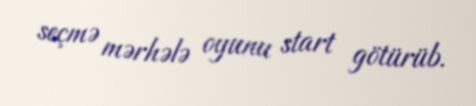
seçmə mərhələ oyunu start götürüb.